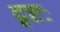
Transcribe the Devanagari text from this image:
दृष्टः